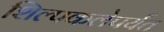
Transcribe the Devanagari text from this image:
शिल्पकलेपर्यंत